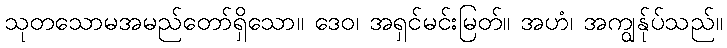
သုတသောမအမည်တော်ရှိသော။ ဒေဝ၊ အရှင်မင်းမြတ်။ အဟံ၊ အကျွန်ုပ်သည်။